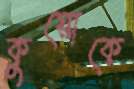
কুয়োকে